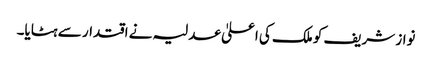
نواز شریف کو ملک کی اعلیٰ عدلیہ نے اقتدار سے ہٹایا۔